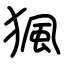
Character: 猦